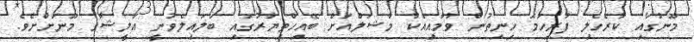
މޫނުގައި ކުރެހެލި ފުރިހަމަ ހިނިތުން ވުމާއިއެކު މާޝަލްއަށް ބޭއިހްތިޔާރުގައި ބަލައިލެވުނީ އަލީޝާގެ މޫނަށްށެވެ.